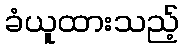
ခံယူထားသည့်